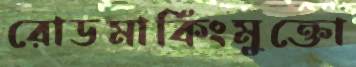
রোডমার্কিংমুক্তো